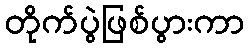
တိုက်ပွဲဖြစ်ပွားကာ